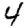
Digit: 4